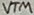
Text: VTM